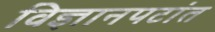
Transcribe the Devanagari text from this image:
विज्ञानपटांत